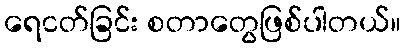
ရေငတ်ခြင်း စတာတွေဖြစ်ပါတယ်။